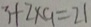
3 + 2 \times 9 = 2 1